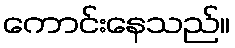
ကောင်းနေသည်။